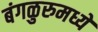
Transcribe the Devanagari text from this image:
बंगळुरुमध्ये